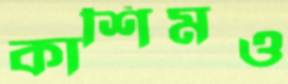
কাশিমও